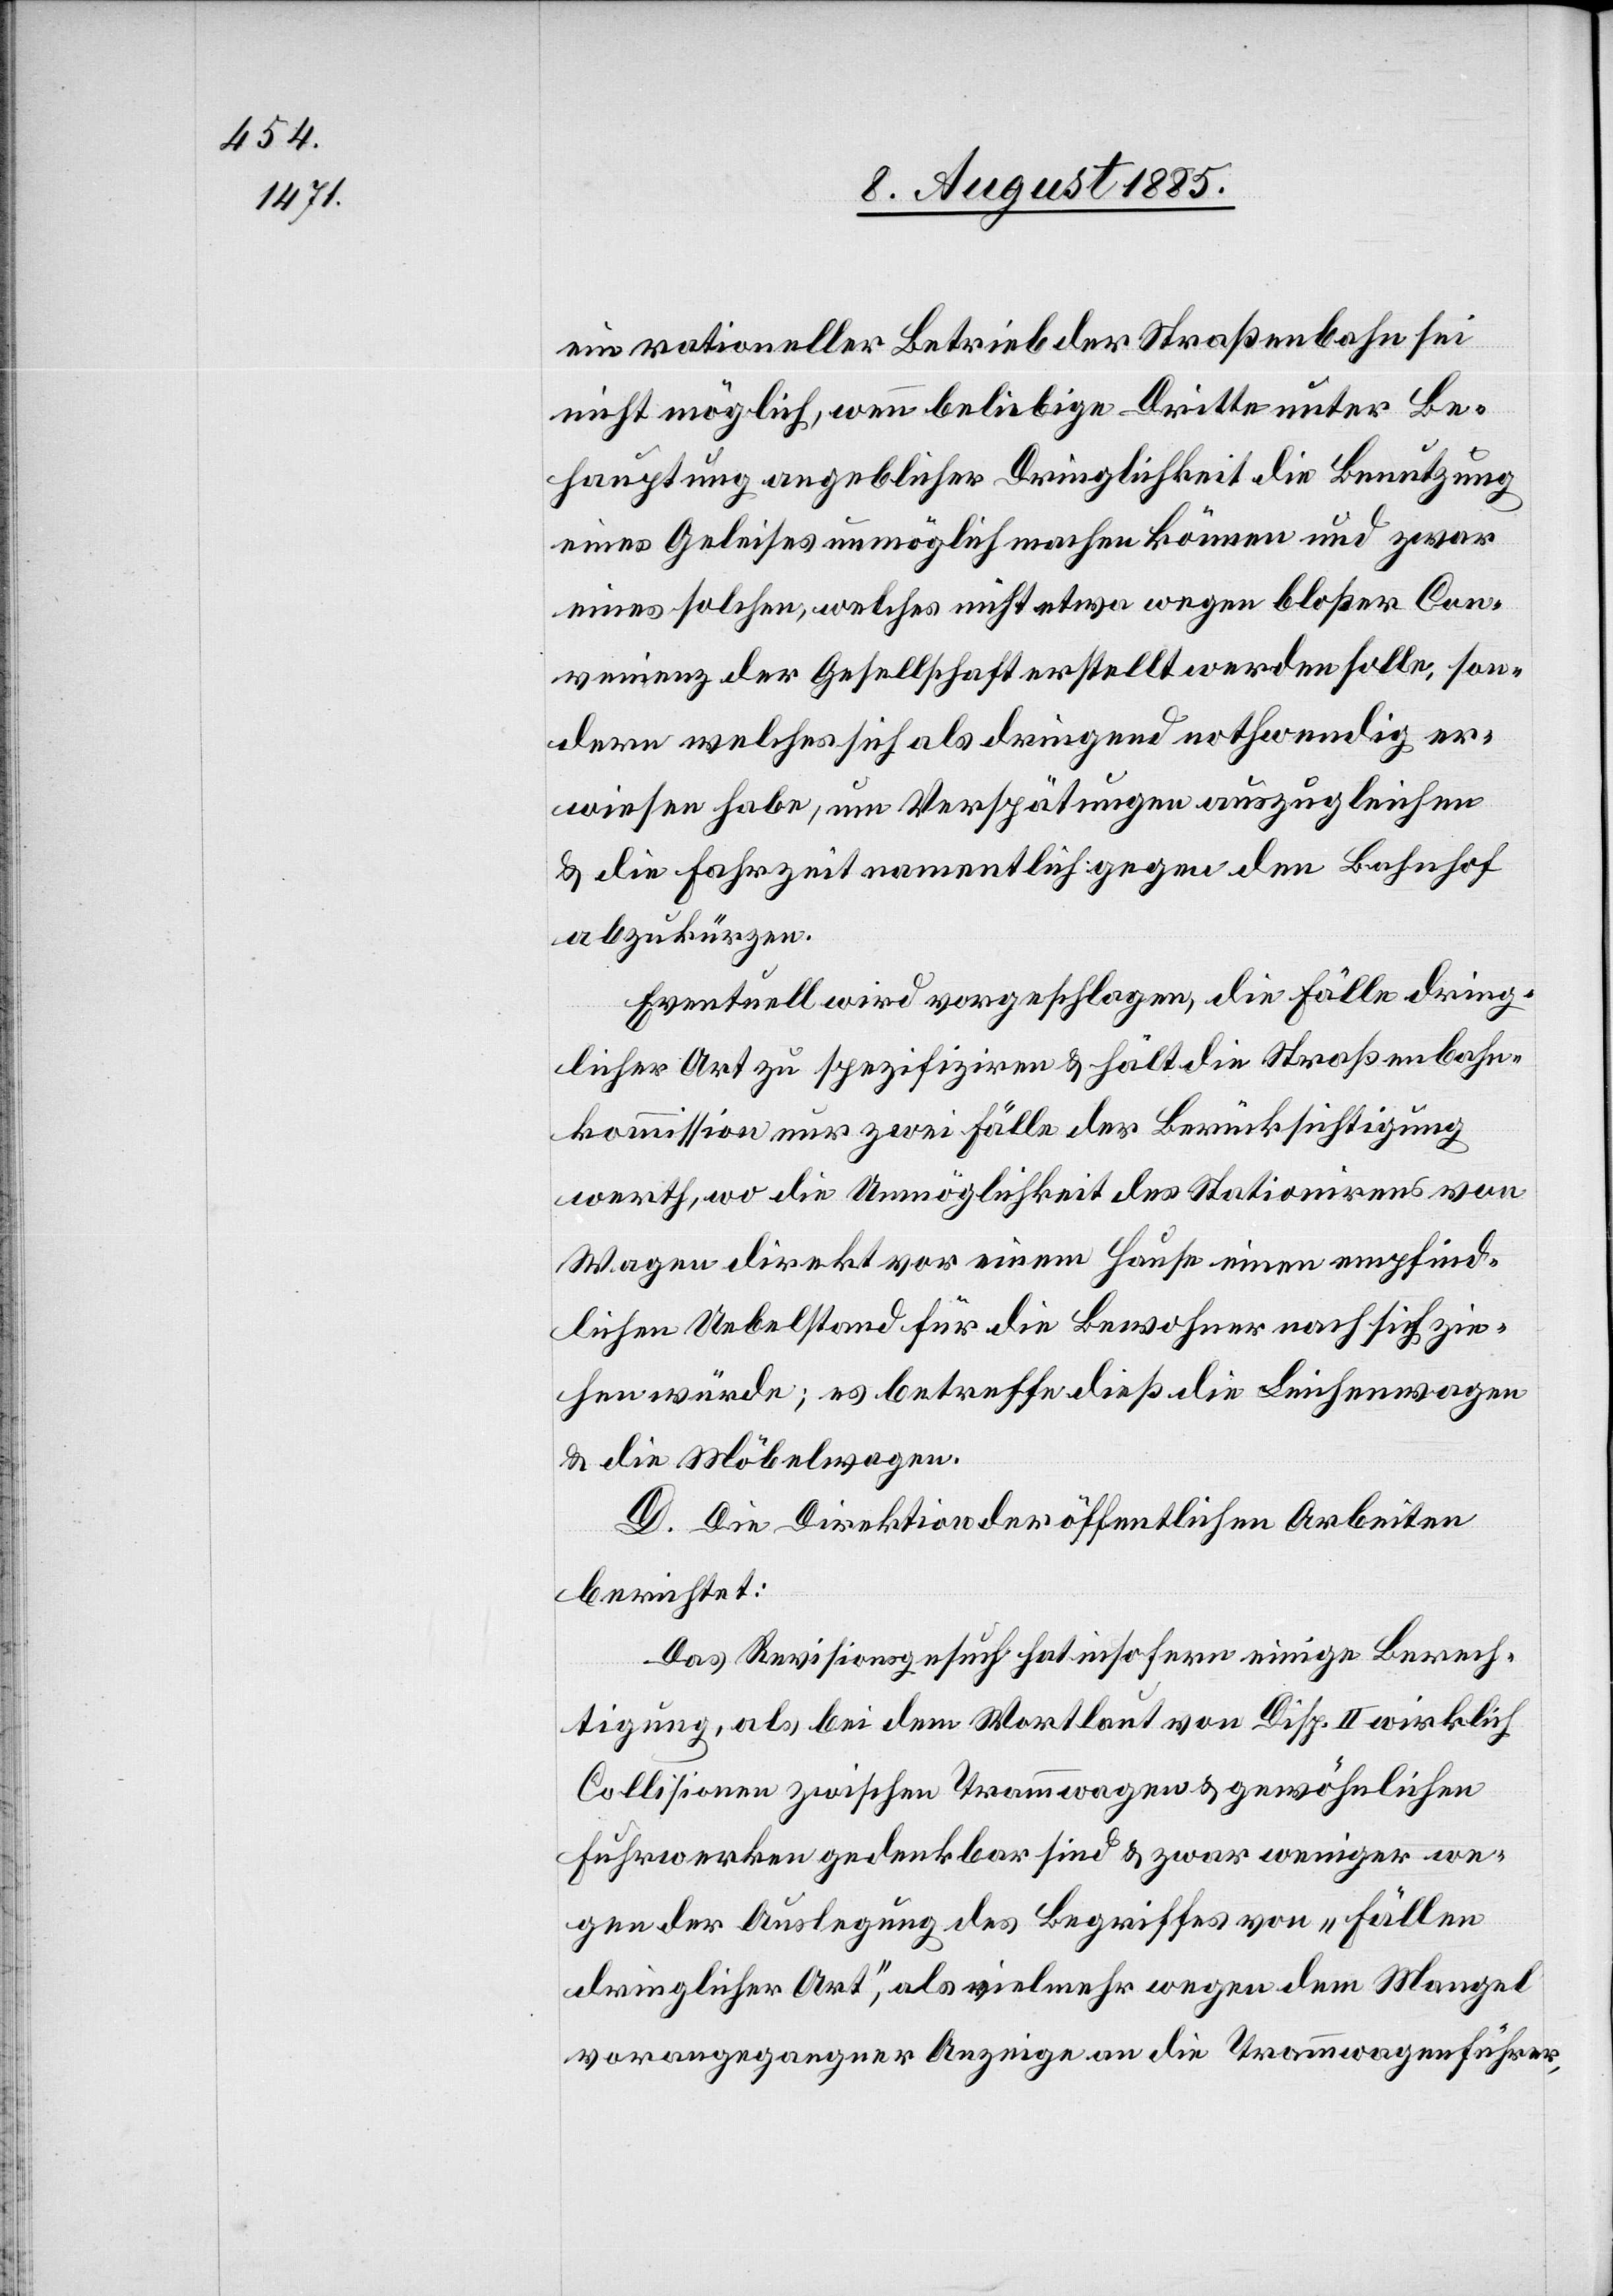
ein rationeller Betrieb der Straßenbahn sei
nicht möglich wenn beliebige Dritte unter Be¬
hauptung angeblicher Dringlichkeit die Benutzung
eines Geleises unmöglich machen können und zwar
eines solchen, welches nicht etwa wegen bloßer Con¬
venienz der Gesellschaft erstellt werden solle, son¬
dern welches sich als dringend nothwendig er¬
wiesen habe, um Verspätungen auszugleichen
& die Fahrzeit namentlich gegen den Bahnhof
abzukürzen.
Eventuell wird vorgeschlagen, die Fälle dring¬
licher Art zu spezifiziren & hält die Straßenbahn¬
kommission nur zwei Fälle der Berücksichtigung
werth, wo die Unmöglichkeit des Stationirens von
Wagen direkt vor einem Hause einem empfind¬
lichen Uebelstand für die Bewohner nach sich zie¬
hen würde; es betreffe dieß die Leichenwagen
& die Möbelwagen.
D. Die Direktion der öffentlichen Arbeiten
berichtet:
Das Revisionsgesuch hat insofern einige Berech¬
tigung, als bei dem Wortlaut von Disp. II wirklich
Collisionen zwischen Trammwagen & gewöhnlichen
Fuhrwerken gedenkbar sind & zwar weniger we¬
gen der Auslegung des Begriffes von „Fällen
dringlicher Art“, als vielmehr wegen dem Mangel
vorangegangener Anzeige an die Trammwagenführer,